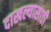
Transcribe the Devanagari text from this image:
दाखल्यासाठी